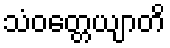
သံဝတ္တေယျာတိ